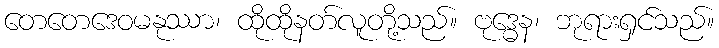
တေတေဒေဝမနုဿာ၊ ထိုထိုနတ်လူတို့သည်။ ဗုဒ္ဓေန၊ ဘုရားရှင်သည်။